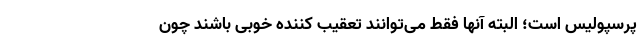
پرسپولیس است؛ البته آنها فقط می‌توانند تعقیب کننده خوبی باشند چون